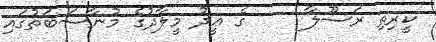
ކީރިތި ރަސޫލާ     ގެ ޢީދު މީލާދުގެ މުނާސަބަތުގައި